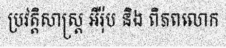
ប្រវត្តិសាស្ត្រ អឺរ៉ុប និង ពិភពលោក